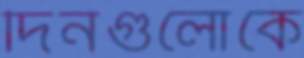
দিনগুলোকে